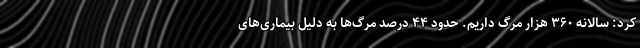
کرد: سالانه ۳۶۰ هزار مرگ داریم. حدود ۴۴ درصد مرگ‌ها به دلیل بیماری‌های